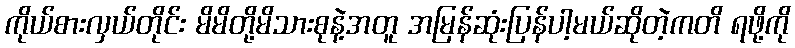
ကိုယ်စားလှယ်တိုင်း မိမိတို့မိသားစုနဲ့အတူ အမြန်ဆုံးပြန်ပါ့မယ်ဆိုတဲ့ကတိ ရဖို့ကို